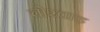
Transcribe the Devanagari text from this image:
चोरवाड़